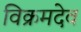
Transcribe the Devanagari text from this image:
विक्रमदेव